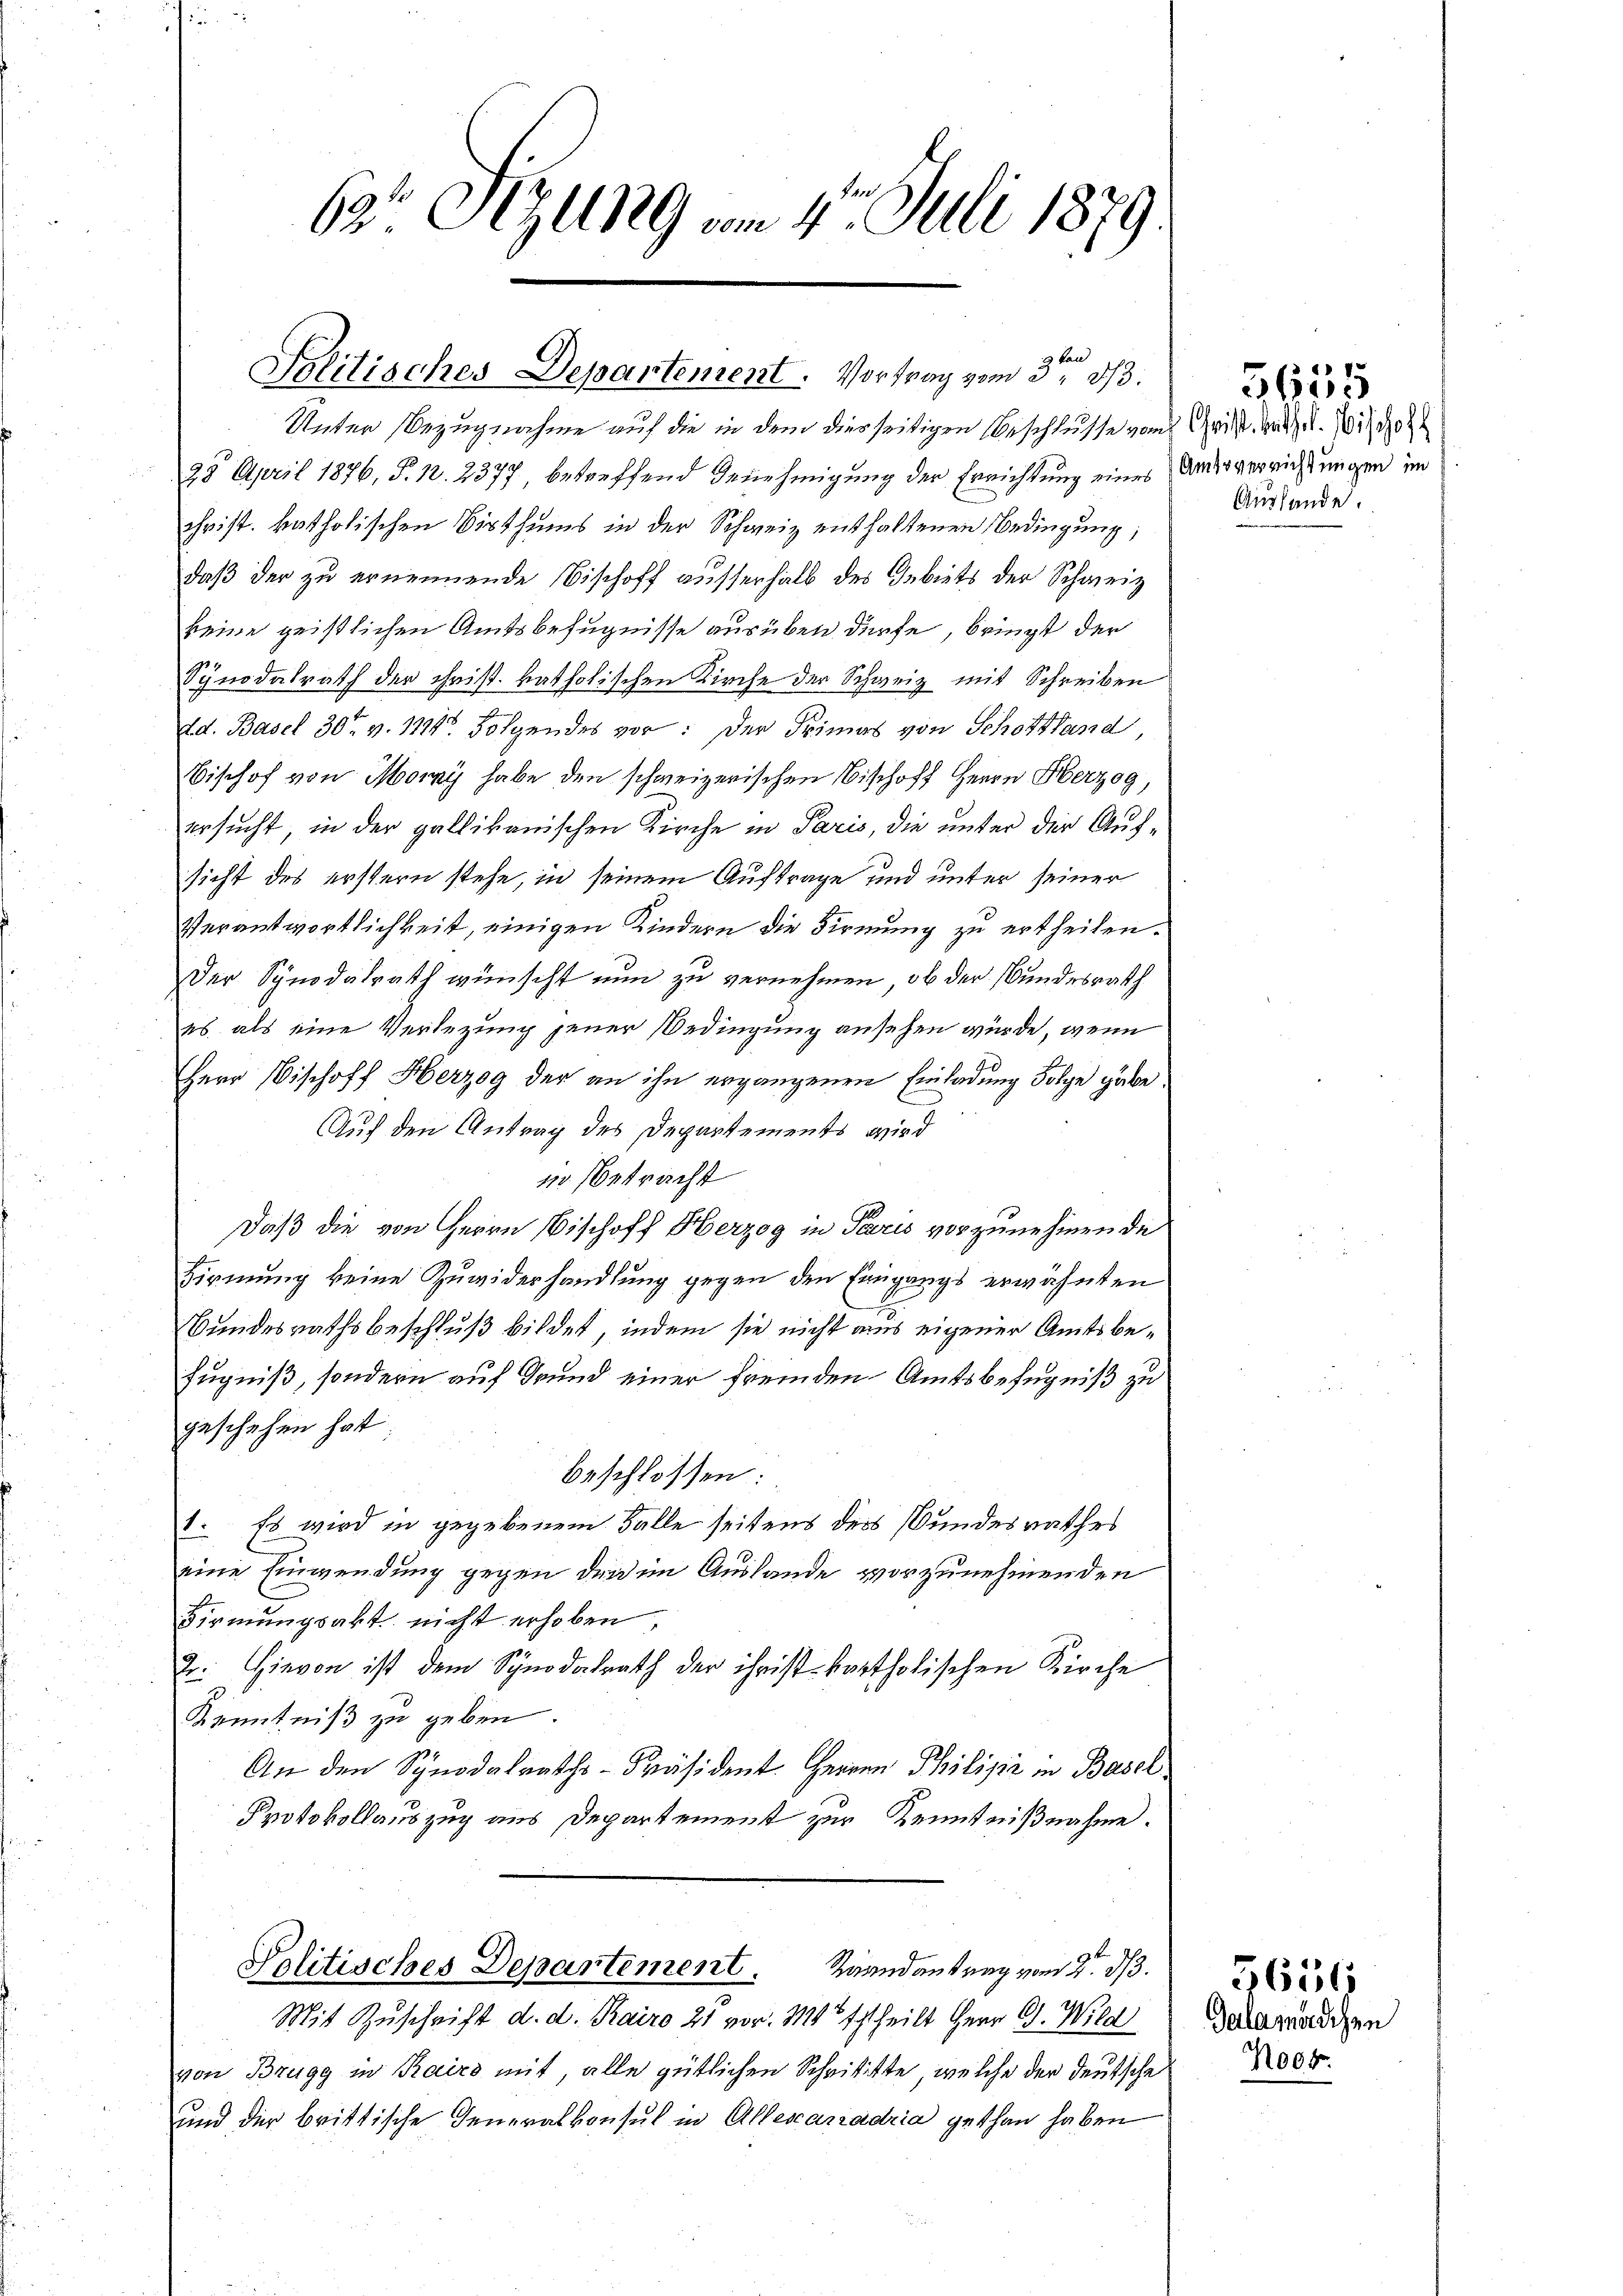
63 Sizung vom 4. Juli 1879.

Politisches Departement. Vortrag vom 3ten 1/3.

Unter Bezugnahme auf die in dem dierseitigen Beschlusse vom Geist, weitet. Si, doit
28 April 1876, P. 1. 2377 betreffend Genehmigung der Errichtung eines Andesverrichtungen im
christ. katholischen Bisthums in der Schweiz enthaltenen Bedingung,
daß der zu ernennende Bischoff ausserhalb des Gebiets der Schweiz
keine geistlichen Amtsbefugnisse ausüben dürfe, bringt der
Synodalrath der Christ. katholischen Kirche der Schweiz mit Schreiben
Ed. Basel 30 v. 1114. Folgendes vor: Der Primas von Schottland
Bischof von Mory habe den schweizerischen Bischoff Herrn Herzog,
ersucht, in der gallikanischen Kirche in Paris, die unter der Aufsicht des erstern stehe, in seinem Auftrage und unter seiner
Verantwortlichkeit, einigen Kindern die Firmung zu ertheilen.
Der Synodalrath wünscht nun zu vernehmen, ob der Bundesrath
es, als eine Verlegung jener Bedingung ansehen würde, wenn
Herr Bischoff Herzog der an ihn ergangenen Einladung Folge gäbe
Auf den Antrag des Departements wird
1. betracht
Daß die von Herrn Bischoff Herzog in Paris vorzunehmen de
Birmung keine Zuwiderhandlung gegen den Eingangs erwähnten
Bundesrathsbeschluß bildet, indem sie nicht aus eigener Amtsbefugniß, sondern auf Grund einer fremden Amtsbefugniß zu
geschehen hat
beschlossen:
1. Es wird in gegebenem Falle seitens des Bundesrathes
eine Einwendung gegen den im Auslande vorzunehmenden
Dirmungsakt nicht erhoben,
2. Hievon ist dem Synodalrath der ihristkartholischen Kirche
Kenntniß zu geben.
An den Synodalraths-Präsident. Herren Philisić in Basel
Protokollauszug aus Departement zur Kenntnißnahme.

Politisches Departement. Raandantrag vom 2. d.

Mit Zuschrift d. d. Kairo 25 vor. Mt Estheilt Herr C. Wild
von Brugg in Kairo mit, alle gütlichen Schrititte, welche der deutsche
und der brittische Generalkonsul in Allesanadria gethan haben

Auslande.

5655

Noct.

5656
Galamädchen